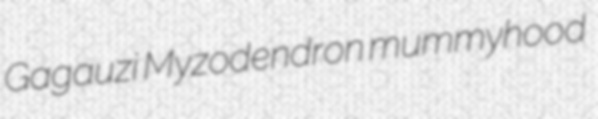
Gagauzi Myzodendron mummyhood